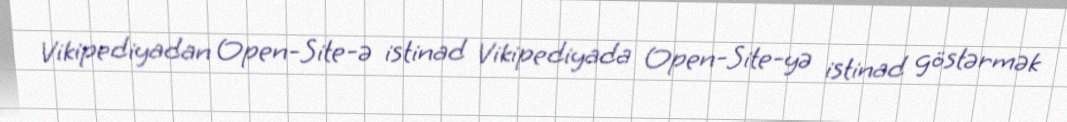
Vikipediyadan Open-Site-ə istinad Vikipediyada Open-Site-yə istinad göstərmək